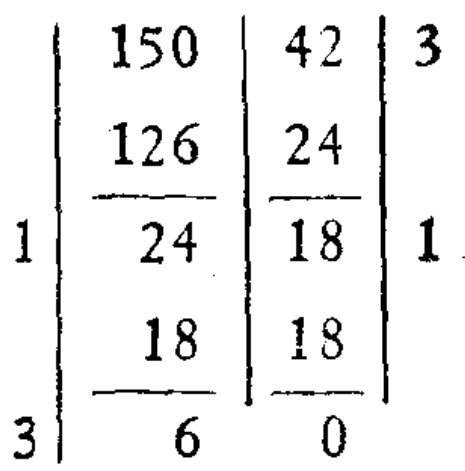
\[

\begin{array}{r|r|r}

 & 150 & 42 & 3\\

 & 126 & 24\\

\hline

1 & 24 & 18 & 1\\

 & 18 & 18\\

\hline

3 & 6 & 0

\end{array}

\]